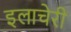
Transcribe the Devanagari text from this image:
इलाचेरी